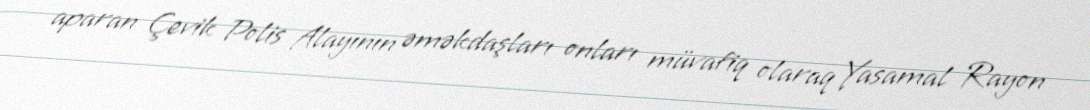
aparan Çevik Polis Alayının əməkdaşları onları müvafiq olaraq Yasamal Rayon